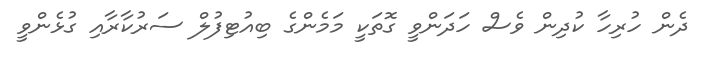
ދެން ހުރިހާ ކުދިން ވެސް ހަދަންވީ ގޮތަކީ މަމެންގެ ބިއުޓިފުލް ސަރުކާރާއި ގުޅެންވީ